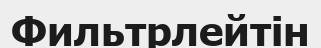
Фильтрлейтін